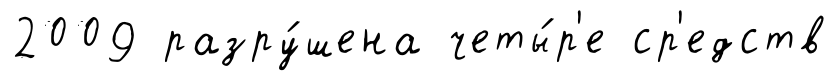
2009 разру́шена четы́р'е ср'едств